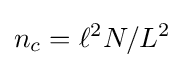
n_{c}=\ell ^{2}N/L^{2}